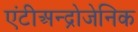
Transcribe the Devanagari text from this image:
एंटीअन्द्रोजेनिक